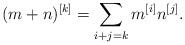
LaTeX: \begin{align*}(m+n)^{[k]}=\sum_{i+j=k}m^{[i]}n^{[j]}.\end{align*}